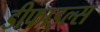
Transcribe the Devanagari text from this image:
डीफाइल्स